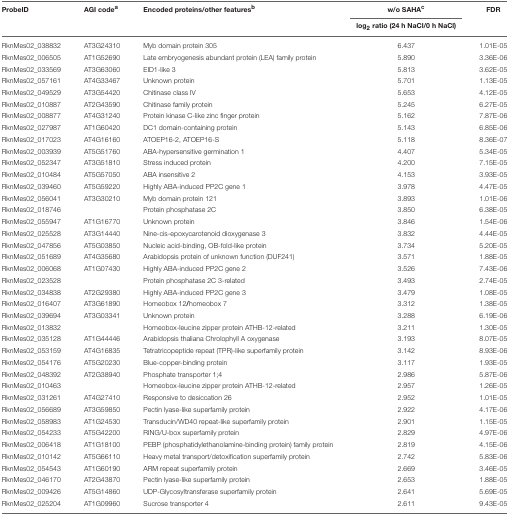
<table><thead><tr><td><b>ProbeID</b></td><td><b>AGI code<sup>a</sup></b></td><td><b>Encoded proteins/other features<sup>b</sup></b></td><td><b>w/o SAHA<sup>c</sup></b></td><td><b>FDR</b></td></tr><tr><td></td><td></td><td></td><td><b>log<sub>2</sub> ratio (24 h NaCl/0 h NaCl)</b></td><td></td></tr></thead><tbody><tr><td>RknMes02_038832</td><td>AT3G24310</td><td>Myb domain protein 305</td><td>6.437</td><td>1.01E-05</td></tr><tr><td>RknMes02_006505</td><td>AT1G52690</td><td>Late embryogenesis abundant protein (LEA) family protein</td><td>5.890</td><td>3.36E-06</td></tr><tr><td>RknMes02_033569</td><td>AT3G63060</td><td>EID1-like 3</td><td>5.813</td><td>3.62E-05</td></tr><tr><td>RknMes02_057161</td><td>AT4G33467</td><td>Unknown protein</td><td>5.701</td><td>1.13E-05</td></tr><tr><td>RknMes02_049529</td><td>AT3G54420</td><td>Chitinase class IV</td><td>5.653</td><td>4.12E-05</td></tr><tr><td>RknMes02_010887</td><td>AT2G43590</td><td>Chitinase family protein</td><td>5.245</td><td>6.27E-05</td></tr><tr><td>RknMes02_008877</td><td>AT4G31240</td><td>Protein kinase C-like zinc finger protein</td><td>5.162</td><td>7.87E-06</td></tr><tr><td>RknMes02_027987</td><td>AT1G60420</td><td>DC1 domain-containing protein</td><td>5.143</td><td>6.85E-06</td></tr><tr><td>RknMes02_017023</td><td>AT4G16160</td><td>ATOEP16-2, ATOEP16-S</td><td>5.118</td><td>8.36E-07</td></tr><tr><td>RknMes02_003939</td><td>AT5G51760</td><td>ABA-hypersensitive germination 1</td><td>4.407</td><td>5.34E-05</td></tr><tr><td>RknMes02_052347</td><td>AT3G51810</td><td>Stress induced protein</td><td>4.200</td><td>7.15E-05</td></tr><tr><td>RknMes02_010484</td><td>AT5G57050</td><td>ABA insensitive 2</td><td>4.153</td><td>3.93E-05</td></tr><tr><td>RknMes02_039460</td><td>AT5G59220</td><td>Highly ABA-induced PP2C gene 1</td><td>3.978</td><td>4.47E-05</td></tr><tr><td>RknMes02_056041</td><td>AT3G30210</td><td>Myb domain protein 121</td><td>3.893</td><td>1.01E-06</td></tr><tr><td>RknMes02_018746</td><td></td><td>Protein phosphatase 2C</td><td>3.850</td><td>6.38E-05</td></tr><tr><td>RknMes02_055947</td><td>AT1G16770</td><td>Unknown protein</td><td>3.846</td><td>1.54E-06</td></tr><tr><td>RknMes02_025528</td><td>AT3G14440</td><td>Nine-cis-epoxycarotenoid dioxygenase 3</td><td>3.832</td><td>4.44E-05</td></tr><tr><td>RknMes02_047856</td><td>AT5G03850</td><td>Nucleic acid-binding, OB-fold-like protein</td><td>3.734</td><td>5.20E-05</td></tr><tr><td>RknMes02_051689</td><td>AT4G35680</td><td>Arabidopsis protein of unknown function (DUF241)</td><td>3.571</td><td>1.88E-05</td></tr><tr><td>RknMes02_006068</td><td>AT1G07430</td><td>Highly ABA-induced PP2C gene 2</td><td>3.526</td><td>7.43E-06</td></tr><tr><td>RknMes02_023528</td><td></td><td>Protein phosphatase 2C 3-related</td><td>3.493</td><td>2.74E-05</td></tr><tr><td>RknMes02_034838</td><td>AT2G29380</td><td>Highly ABA-induced PP2C gene 3</td><td>3.479</td><td>1.08E-05</td></tr><tr><td>RknMes02_016407</td><td>AT3G61890</td><td>Homeobox 12<b>/</b>homeobox 7</td><td>3.312</td><td>1.38E-05</td></tr><tr><td>RknMes02_039694</td><td>AT3G03341</td><td>Unknown protein</td><td>3.288</td><td>6.19E-06</td></tr><tr><td>RknMes02_013832</td><td></td><td>Homeobox-leucine zipper protein ATHB-12-related</td><td>3.211</td><td>1.30E-05</td></tr><tr><td>RknMes02_035128</td><td>AT1G44446</td><td>Arabidopsis thaliana Chrolophyll A oxygenase</td><td>3.193</td><td>8.07E-05</td></tr><tr><td>RknMes02_053159</td><td>AT4G16835</td><td>Tetratricopeptide repeat (TPR)-like superfamily protein</td><td>3.142</td><td>8.93E-06</td></tr><tr><td>RknMes02_054176</td><td>AT5G20230</td><td>Blue-copper-binding protein</td><td>3.117</td><td>1.93E-05</td></tr><tr><td>RknMes02_048392</td><td>AT2G38940</td><td>Phosphate transporter 1;4</td><td>2.986</td><td>5.87E-06</td></tr><tr><td>RknMes02_010463</td><td></td><td>Homeobox-leucine zipper protein ATHB-12-related</td><td>2.957</td><td>1.26E-05</td></tr><tr><td>RknMes02_031261</td><td>AT4G27410</td><td>Responsive to desiccation 26</td><td>2.952</td><td>1.01E-05</td></tr><tr><td>RknMes02_056689</td><td>AT3G59850</td><td>Pectin lyase-like superfamily protein</td><td>2.922</td><td>4.17E-06</td></tr><tr><td>RknMes02_058983</td><td>AT1G24530</td><td>Transducin/WD40 repeat-like superfamily protein</td><td>2.901</td><td>1.15E-05</td></tr><tr><td>RknMes02_054233</td><td>AT5G42200</td><td>RING/U-box superfamily protein</td><td>2.829</td><td>4.97E-06</td></tr><tr><td>RknMes02_006418</td><td>AT1G18100</td><td>PEBP (phosphatidylethanolamine-binding protein) family protein</td><td>2.819</td><td>4.15E-06</td></tr><tr><td>RknMes02_010142</td><td>AT5G66110</td><td>Heavy metal transport/detoxification superfamily protein</td><td>2.742</td><td>5.83E-06</td></tr><tr><td>RknMes02_054543</td><td>AT1G60190</td><td>ARM repeat superfamily protein</td><td>2.669</td><td>3.46E-05</td></tr><tr><td>RknMes02_046170</td><td>AT2G43870</td><td>Pectin lyase-like superfamily protein</td><td>2.653</td><td>1.88E-05</td></tr><tr><td>RknMes02_009426</td><td>AT5G14860</td><td>UDP-Glycosyltransferase superfamily protein</td><td>2.641</td><td>5.69E-05</td></tr><tr><td>RknMes02_025204</td><td>AT1G09960</td><td>Sucrose transporter 4</td><td>2.611</td><td>9.43E-05</td></tr></tbody></table>